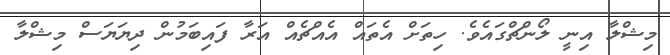
މިޝްލާ އިނީ ލޯންޗްގައެވެ. ހިތަށް އެތައް އެއްޗެއް އަރާ ފައިބަމުން ދިޔަޔަސް މިޝްލާ